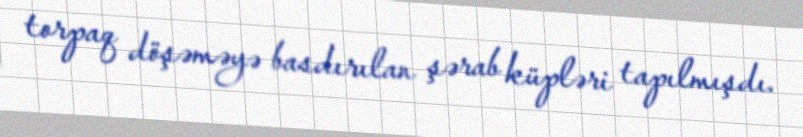
torpaq döşəməyə basdırılan şərab küpləri tapılmışdı.